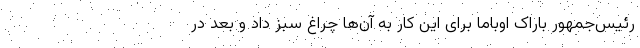
رئیس‌جمهور باراک اوباما برای این کار به آن‌ها چراغ سبز داد و بعد در